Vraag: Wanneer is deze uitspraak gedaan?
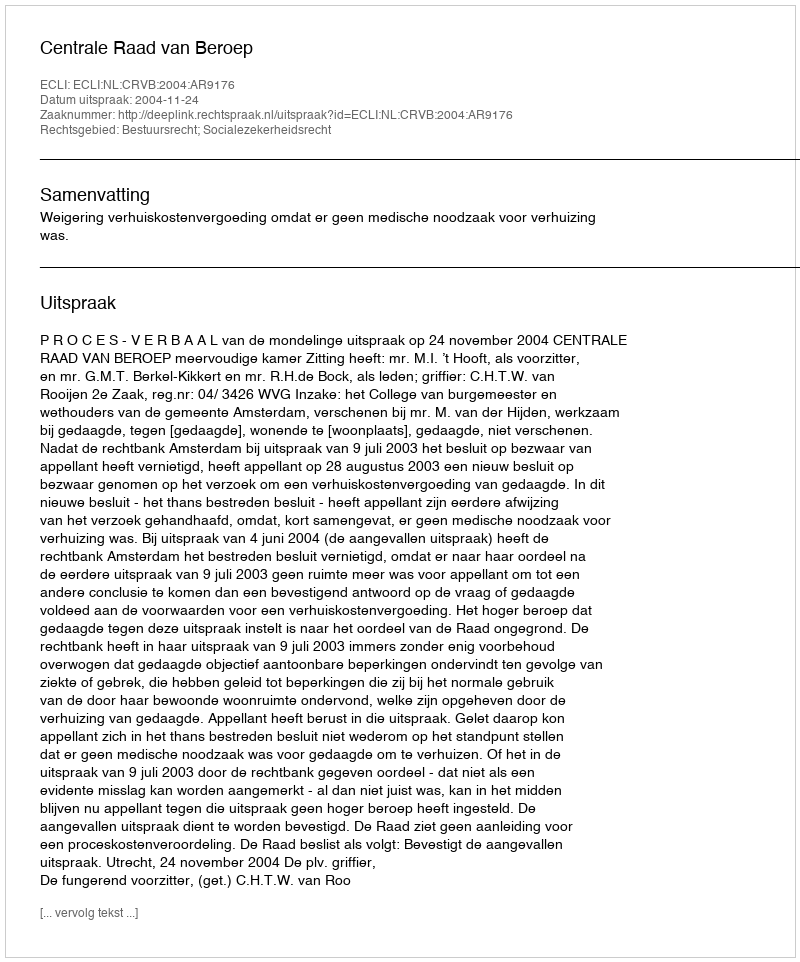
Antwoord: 2004-11-24